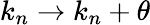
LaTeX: k_{n}\rightarrow k_{n}+\theta